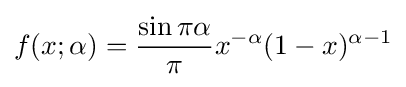
f(x;\alpha )={\frac {\sin \pi \alpha }{\pi }}x^{-\alpha }(1-x)^{\alpha -1}